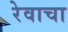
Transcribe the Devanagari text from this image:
रेवाचा